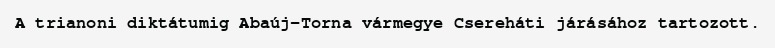
A trianoni diktátumig Abaúj-Torna vármegye Csereháti járásához tartozott.